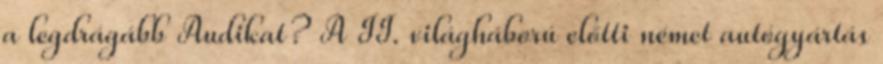
a legdrágább Audikat? A II. világháború előtti német autógyártás